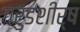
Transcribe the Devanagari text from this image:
गरुडशीर्ष